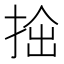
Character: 𢭧